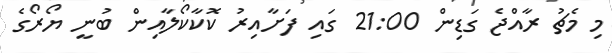
މި މެޗު ރާއްޖެ ގަޑިން 21:00 ގައި ފަށާއިރު ކޮކާކޯލާއިން ބުނީ ޔޯރޯގެ